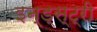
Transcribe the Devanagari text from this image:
इन्ड्स्ट्री